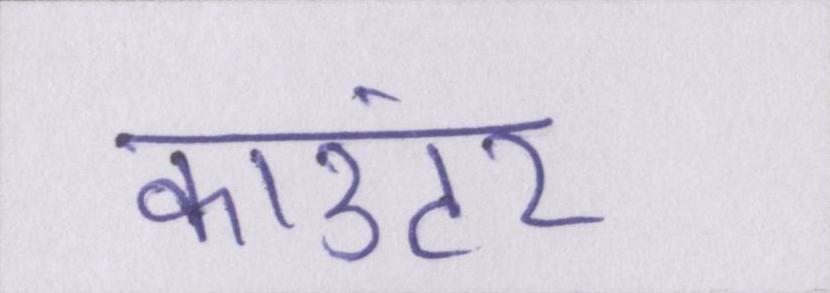
काउंटर